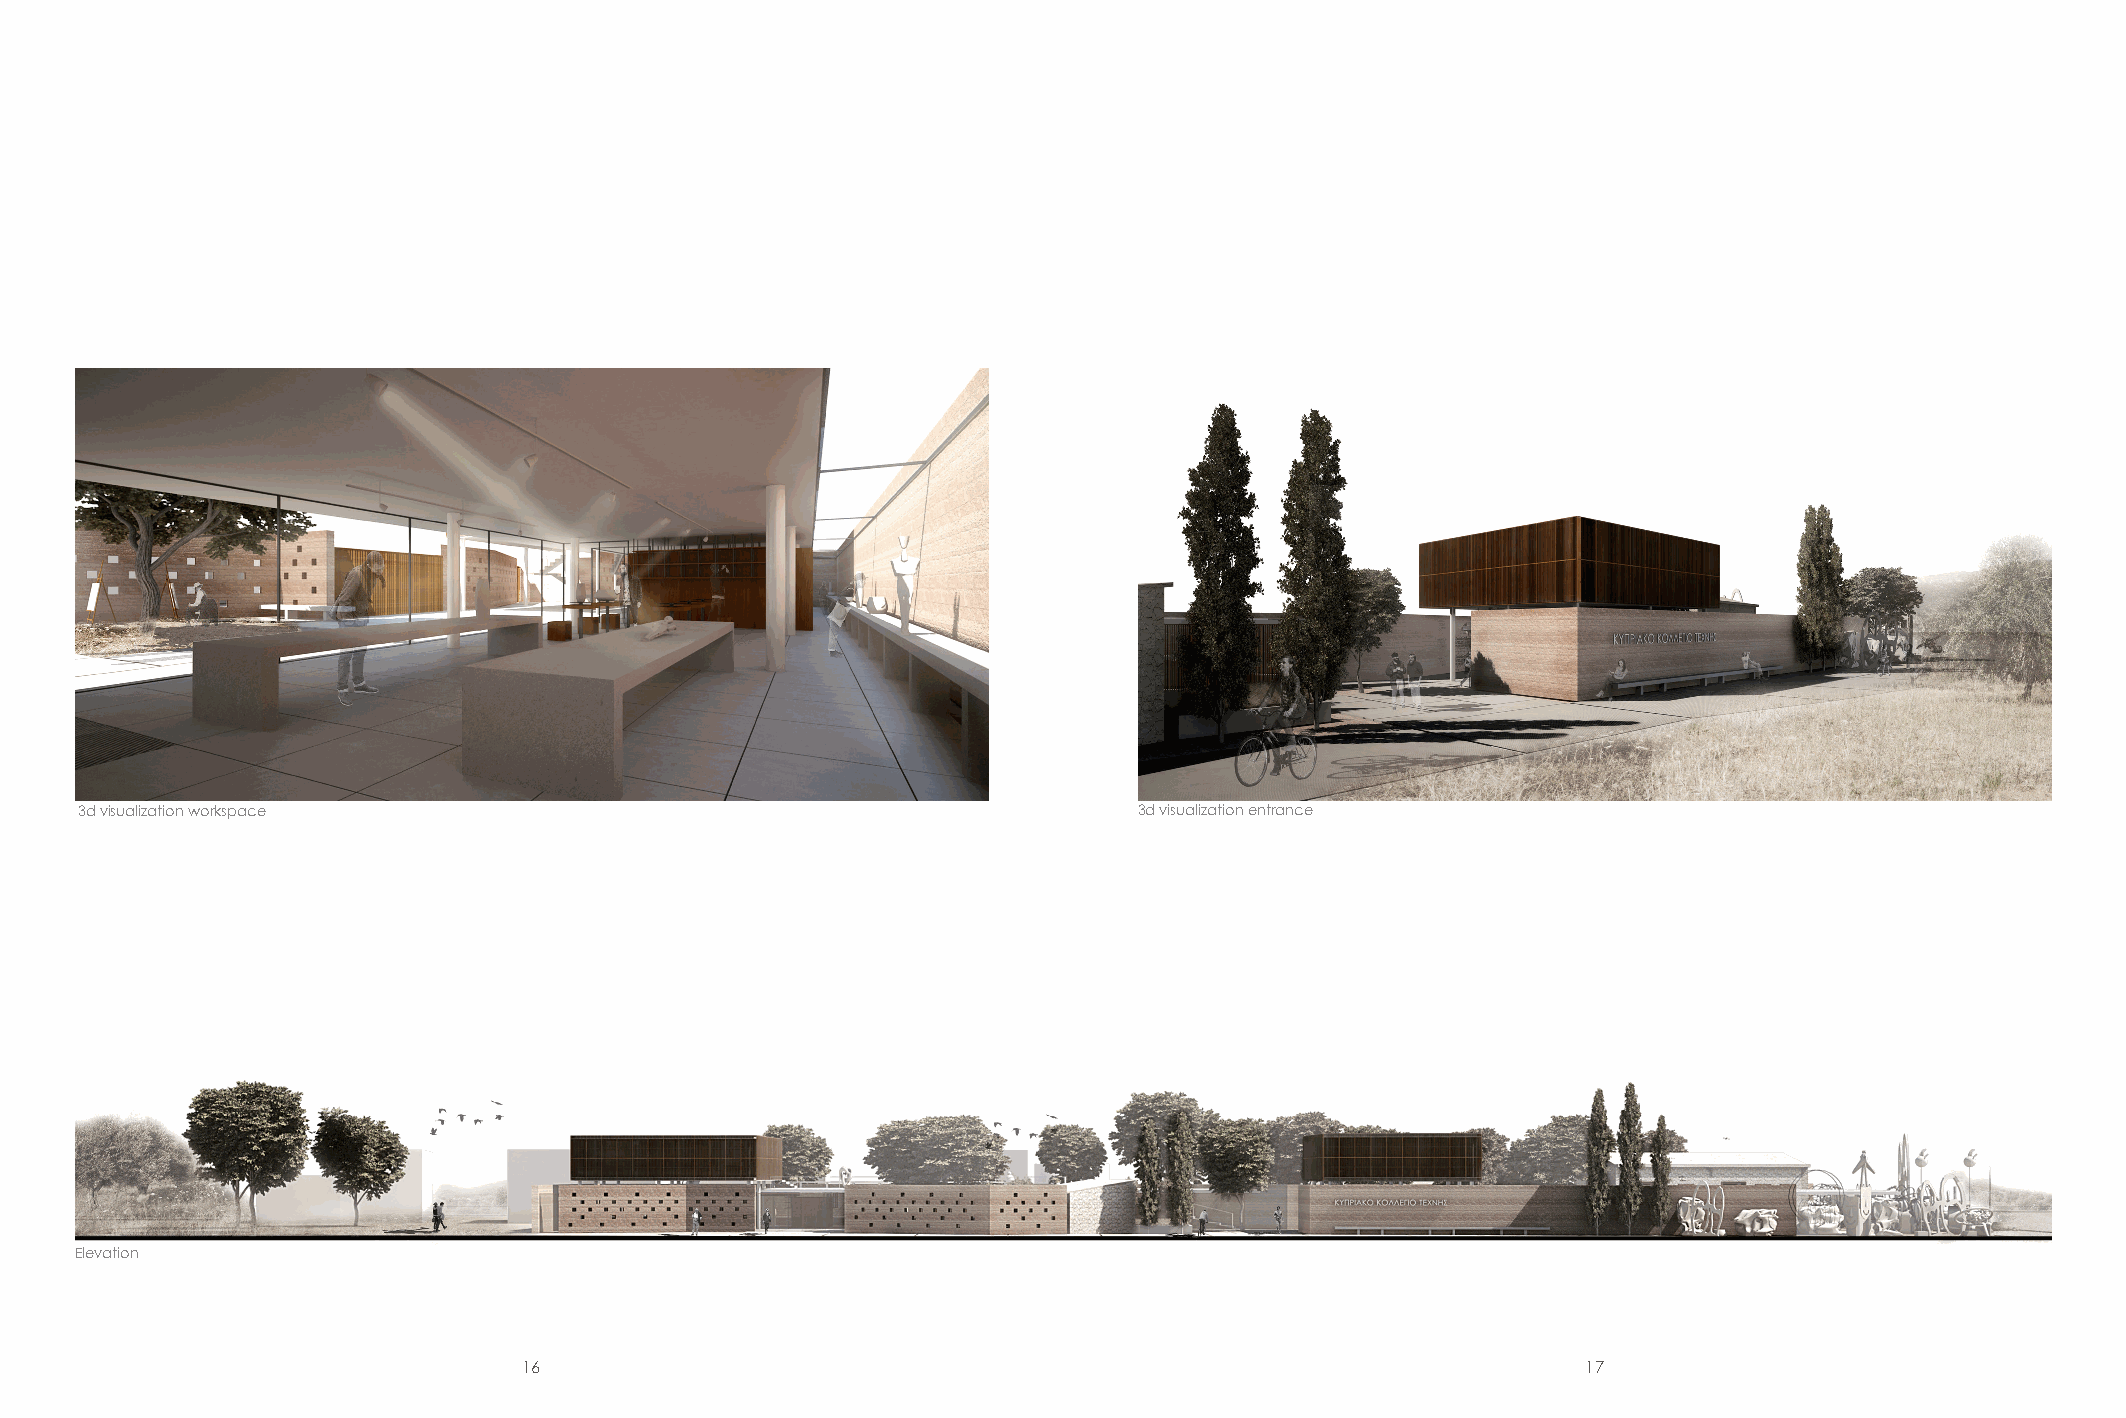
3d visualization workspace                                            3d visualization entrance
 Elevation
 16                                                                    17